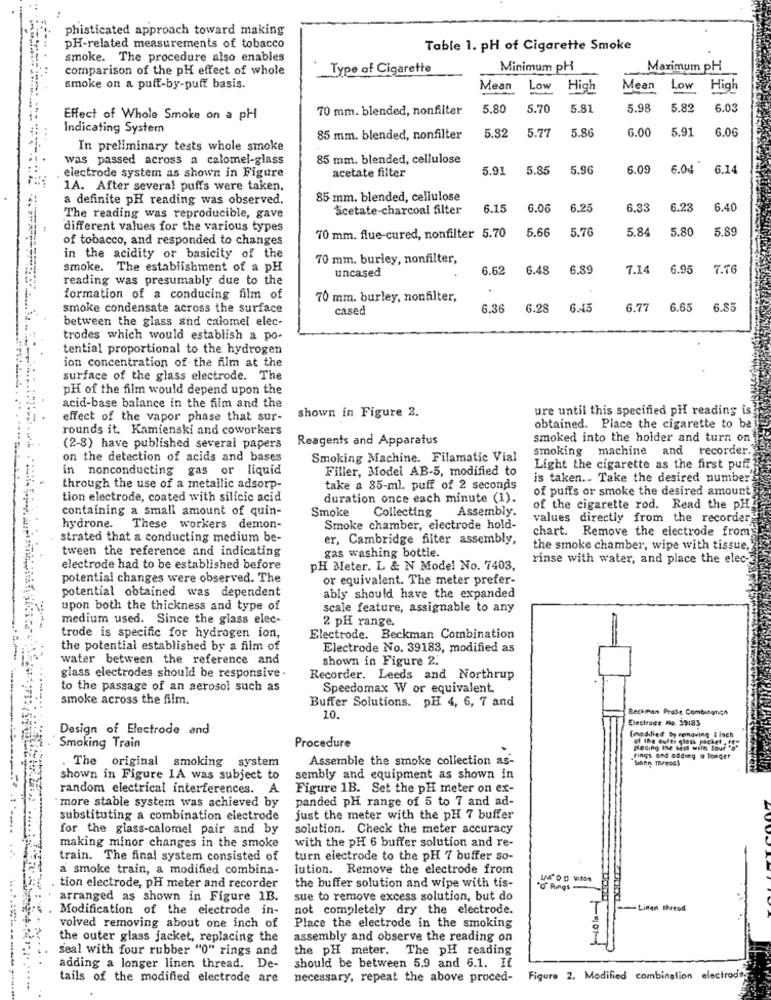
-
phisticated approach toward making
pH-related measurements of tobacco
Table 1. pH of Cigarette Smoke
smoke. The procedure also enables
comparison of the pH effect of whole
Type of Cigarette
Minimum pH
Maximum pH
smoke on a puff-by-puff basis.
Mean
Low
High
Mean
Low
High
70 mm. blended, nonfilter
5.80
5.70
5.81
5.98
5.82
6.03
Effect of Whole Smoke on a pH
Indicating System
5.82
5.77
5.86
6.00
5.91
6.00
85 mm. blended, nonfilter
In preliminary tests whole smoke
was passed across a calomel-glass
85 mm. blended, cellulose
electrode system as shown in Figure
acetate filter
5.91
5.85
5.96
6.09
6.04
6.14
1A. After several puffs were taken,
a definite pH reading was observed.
85 mm. blended, cellulose
Sicetate-charcoal filter
6.15
6.06
6.2
6.33
6.28
6.40
The reading was reproducible, gave
different values for the various types
5.66
5.70
5.8
5.80
of tobacco, and responded to changes
70 mm. flue-cured, nonfilter 5.70
in the acidity or basicity of the
70 mm. burley, nonfilter,
smoke. The establishment of a pH
uncased
6.62
6.48
6.89
7.14
6.95
7.76
reading was presumably due to the
formation of a conducing film of
70 mm. burley, nonfilter,
smoke condensate across the surface
cased
6.36
6.28
6.45
6.77
6.65
6.85
between the glass and calomel elec-
trodes which would establish a po-
tential proportional to the hydrogen
ion concentration of the film at the
surface of the glass electrode. The
pH of the film would depend upon the
acid-base balance in the film and the
shown in Figure 2.
ure until this specified pH reading is
effect of the vapor phase that sur-
rounds it. Kamienski and coworkers
obtained. Place the cigarette to be
Reagents and Apparatus
smoked into the holder and turn on
(2-8) have published several papers
smoking machine and recorder.
on the detection of acids and bases
Smoking Machine. Filamatic Vial
in nonconducting gas or liquid
Filler, Model AB-5, modified to
Light the cigarette as the first puff
is taken .. Take the desired number
through the use of a metallic adsorp-
take a 35-ml. puff of 2 seconds
of puffs or smoke the desired amount
tion electrode, coated with silicic acid
duration once each minute (1).
containing a small amount of quin-
Smoke
Collecting
Assembly.
of the cigarette rod. Read the PH!
values directly from the recorder
hydrone. These workers demon-
Smoke chamber, electrode hold-
chart. Remove the electrode from
strated that a conducting medium be-
er, Cambridge filter assembly,
tween the reference and indicating
gas washing bottle.
the smoke chamber, wipe with tissue,
rinse with water, and place the elec-
electrode had to be established before
PH Meter. L & N Model No. 7403,
potential changes were observed. The
or equivalent. The meter prefer-
potential obtained was dependent
ably should have the expanded
upon both the thickness and type of
scale feature, assignable to any
medium used. Since the glass elec-
2 pH range.
trode is specific for hydrogen ion,
Electrode. Beckman Combination
the potential established by a film of
Electrode No. 39183, modified as
water between the reference and
shown in Figure 2.
glass electrodes should be responsive .
Recorder. Leeds and Northrup
to the passage of an aerosol such as
Speedomax W or equivalent.
---
smoke across the film.
Buffer Solutions. pH 4, 6, 7 and
Beckman Prate Combination
10.
Electrace Ne 35183
Design of Electrode and
(modified by removing_{ lach
Smoking Train
Procedure
pleting Ine ted with tour "s"
Assemble the smoke collection as-
rings and addmeg @ longer
. The original smoking system
shown in Figure 1A was subject to
sembly and equipment as shown in
random electrical interferences. A
Figure 1B. Set the pH meter on ex-
` more stable system was achieved by
panded pH range of 5 to 7 and ad-
substituting a combination electrode
just the meter with the pH 7 buffer
for the glass-calomel pair and by
solution. Check the meter accuracy
with the pH 6 buffer solution and re-
making minor changes in the smoke
train. The final system consisted of
turn electrode to the pH 7 buffer so-
a smoke train, a modified combina-
lution. Remove the electrode from
tion electrode, PH meter and recorder
the buffer solution and wipe with tis-
O Rings
arranged as shown in Figure 1B.
sue to remove excess solution, but do
Modification of the electrode in-
not completely dry the electrode.
-- Linen thread
volved removing about one inch of
Place the electrode in the smoking
the outer glass jacket, replacing the
assembly and observe the reading on
seal with four rubber "0" rings and
the PH meter. The pH reading
should be between 5.9 and 6.1. If
adding a longer linen thread. De-
tails of the modified electrode are
necessary, repeat the above proced-
Figure 2. Modified combination electrodos